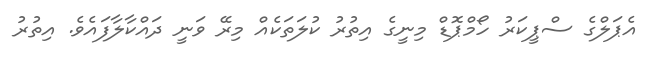
އެޕަލްގެ ސްޕީކަރު ހޯމްޕޮޑް މިނީގެ އިތުރު ކުލަތަކެއް މިރޭ ވަނީ ދައްކާލާފައެވެ. އިތުރު